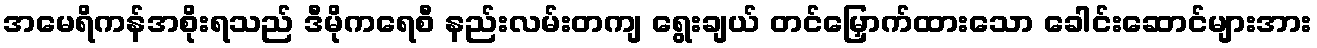
အမေရိကန်အစိုးရသည် ဒီမိုကရေစီ နည်းလမ်းတကျ ရွေးချယ် တင်မြှောက်ထားသော ခေါင်းဆောင်များအား